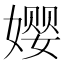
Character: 𫝭